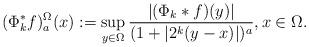
LaTeX: \begin{align*} (\Phi_k^*f)^\Omega_a(x):=\sup_{y\in\Omega}\frac{|(\Phi_k\ast f)(y)|}{(1+|2^k(y-x)|)^{a}},x\in\Omega. \end{align*}